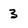
Character: 3